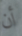
أن